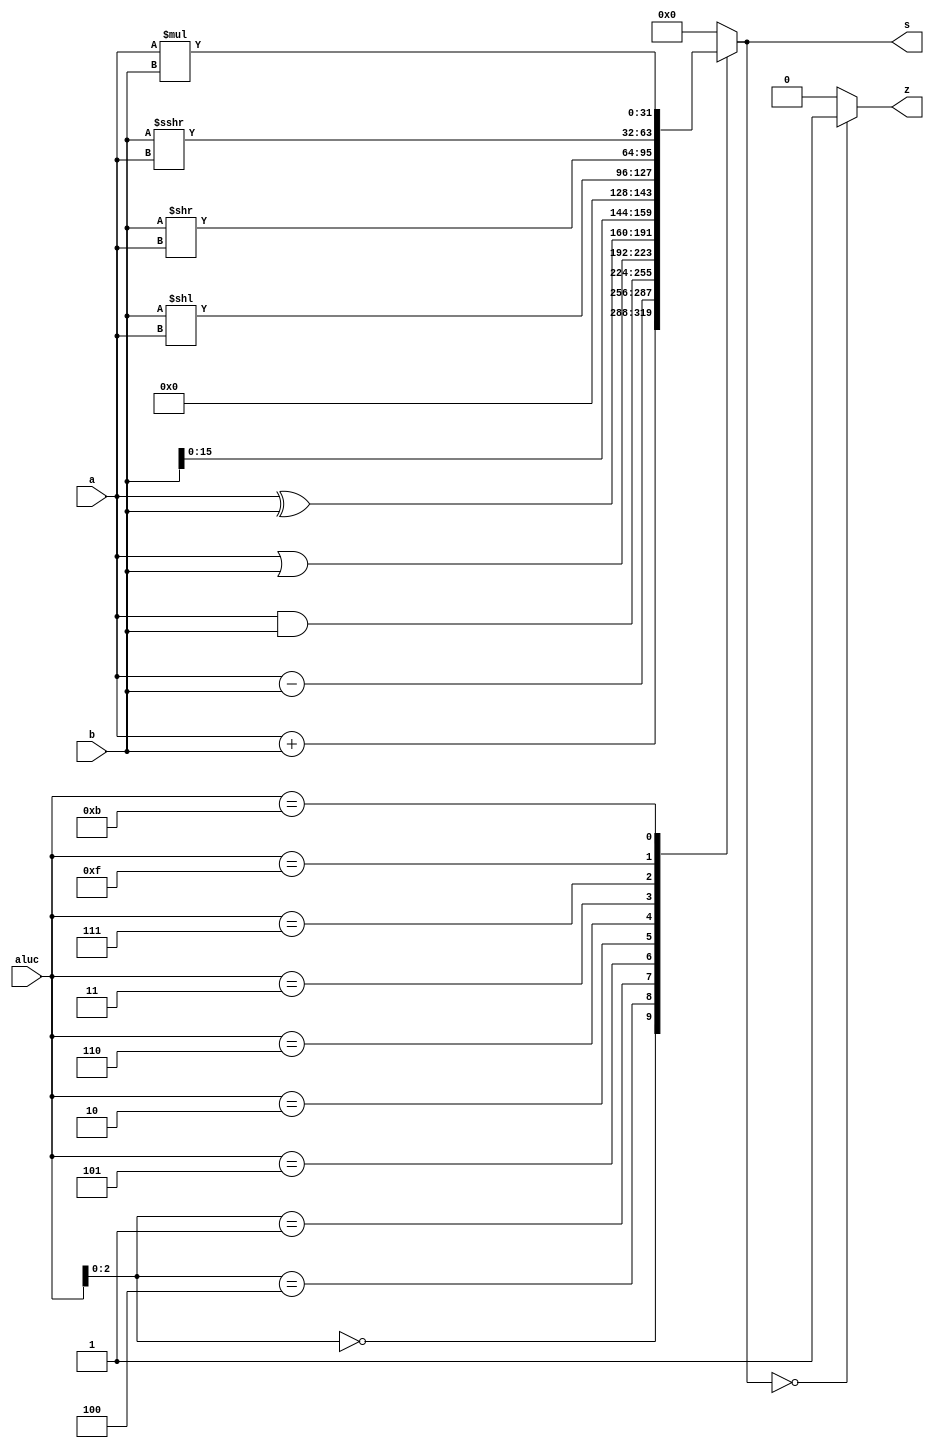
module alu (a,b,aluc,s,z);
   input [31:0] a,b;
   input [3:0] aluc;
   output [31:0] s;
   output        z;
   reg [31:0] s;
   reg        z;
   always @ (a or b or aluc) 
      begin                                   // event
         casex (aluc)
             4'bx000: s = a + b;              //x000 ADD
             4'bx100: s = a - b;              //x100 SUB
             4'bx001: s = a & b;          	  //x001 AND
             4'b0101: s = a | b;              //x101 OR
             4'b0010: s = a ^ b;              //x010 XOR
             4'b0110: s = b << 16;            //x110 LUI: imm << 16bit             
             4'b0011: s = b << a;             //0011 SLL: rd <- (rt << sa)
             4'b0111: s = b >> a;             //0111 SRL: rd <- (rt >> sa) (logical)
             4'b1111: s = $signed(b) >>> a;   //1111 SRA: rd <- (rt >> sa) (arithmetic)
             4'b1011: s = a * b;
             default: s = 0;
         endcase
         if (s == 0 )  z = 1;
            else z = 0;         
      end      
endmodule